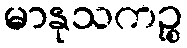
မာနုသကဉ္စ